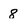
Character: 8